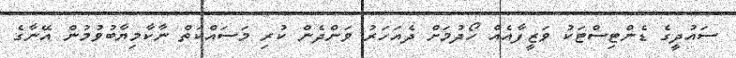
ސައުދީގެ ޑެންޓިސްޓަކު ވަޒީފާއެއް ހޯދުމަށް ދެއަހަރު ވަންދެން ކުރި މަސައްކަތް ނާކާމިޔާބުވުމުން އޭނާގެ